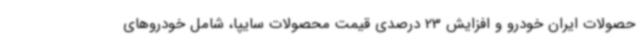
حصولات ایران خودرو و افزایش 23 درصدی قیمت محصولات سایپا، شامل خودروهای